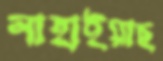
নাহাইয়াছ